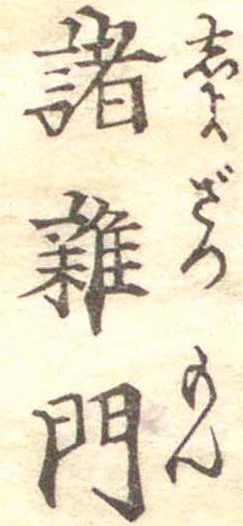
諸雑門